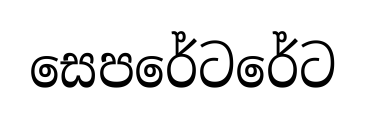
සෙපරේටරේට